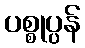
ပစ္စုပ္ပန်